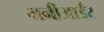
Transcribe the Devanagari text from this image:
मनीआर्डर